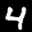
Digit: 4